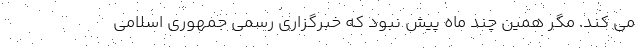
می کند. مگر همین چند ماه پیش نبود که خبرگزاری رسمی جمهوری اسلامی